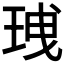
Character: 𤥟